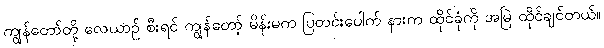
ကျွန်တော်တို့ လေယာဉ် စီးရင် ကျွန်တော့် မိန်းမက ပြတင်းပေါက် နားက ထိုင်ခုံကို အမြဲ ထိုင်ချင်တယ်။